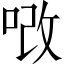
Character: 𠳚